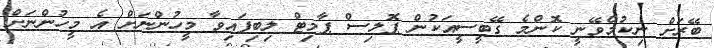
ބޭރަށް ނިކުމެވޭނީ ކޮންމެ ގޭބީސީއަކުން ޕޮލިސް ޕާމިޓް ލިބިފައިވާ މީހުންނަށް އެ މީހުންނަށް